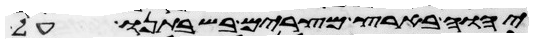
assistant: יהוה בארץ מצרים בשבתנו על